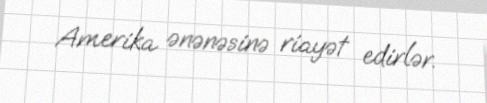
Amerika ənənəsinə riayət edirlər.